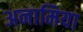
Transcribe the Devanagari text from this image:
अनामिया